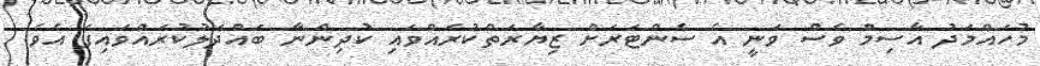
މުހައްމަދު އާސިމް ވެސް ވަނީ އެ ސެންޓަރަށް ޒިޔާރަތްކުރައްވައި ކުދިންނާ ބައްދަލުކުރައްވައިފަ އެވެ.